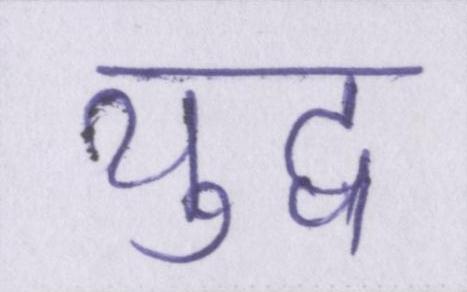
युद्व